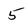
Character: 5